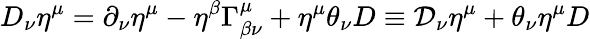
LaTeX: D_{\nu}\eta^{\mu}=\partial_{\nu}\eta^{\mu}-\eta^{\beta}\Gamma_{\beta\nu}^{\mu}+\eta^{\mu}\theta_{\nu}D\equiv\mathcal{D}_{\nu}\eta^{\mu}+\theta_{\nu}\eta^{\mu}D